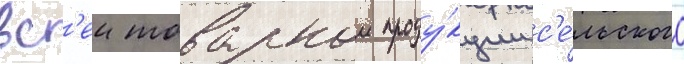
вс'еи товарнои проду́кции с'е́льского